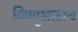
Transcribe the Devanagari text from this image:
विष्णुभक्ताय